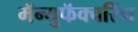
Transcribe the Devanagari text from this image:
मॅन्युफॅक्‍चरिंग